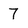
Character: 7